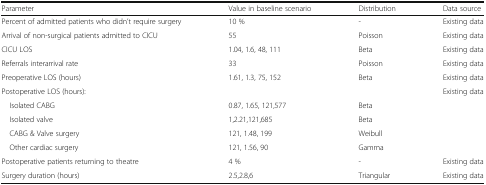
<table><thead><tr><td><b>Parameter</b></td><td><b>Value in baseline scenario</b></td><td><b>Distribution</b></td><td><b>Data source</b></td></tr></thead><tbody><tr><td>Percent of admitted patients who didn’t require surgery</td><td>10 %</td><td>-</td><td>Existing data</td></tr><tr><td>Arrival of non-surgical patients admitted to CICU</td><td>55</td><td>Poisson</td><td>Existing data</td></tr><tr><td>CICU LOS</td><td>1.04, 1.6, 48, 111</td><td>Beta</td><td>Existing data</td></tr><tr><td>Referrals interarrival rate</td><td>33</td><td>Poisson</td><td>Existing data</td></tr><tr><td>Preoperative LOS (hours)</td><td>1.61, 1.3, 75, 152</td><td>Beta</td><td>Existing data</td></tr><tr><td>Postoperative LOS (hours):</td><td></td><td></td><td>Existing data</td></tr><tr><td> Isolated CABG</td><td>0.87, 1.65, 121,577</td><td>Beta</td><td></td></tr><tr><td> Isolated valve</td><td>1,2.21,121,685</td><td>Beta</td><td></td></tr><tr><td> CABG &amp; Valve surgery</td><td>121, 1.48, 199</td><td>Weibull</td><td></td></tr><tr><td> Other cardiac surgery</td><td>121, 1.56, 90</td><td>Gamma</td><td></td></tr><tr><td>Postoperative patients returning to theatre</td><td>4 %</td><td>-</td><td>Existing data</td></tr><tr><td>Surgery duration (hours)</td><td>2.5,2.8,6</td><td>Triangular</td><td>Existing data</td></tr></tbody></table>